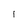
Character: 1